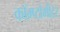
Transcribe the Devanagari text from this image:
कॉम्प्टोमीटर